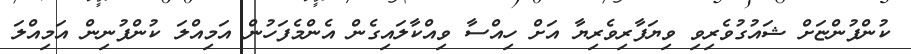
ކުންފުންޏަށް ޝައުގުވެރިވި ވިޔަފާރިވެރިޔާ އަށް ހިއްސާ ވިއްކާލައިގެން އެންމެފަހުން އަމިއްލަ ކުންފުނިން އަމިއްލަ